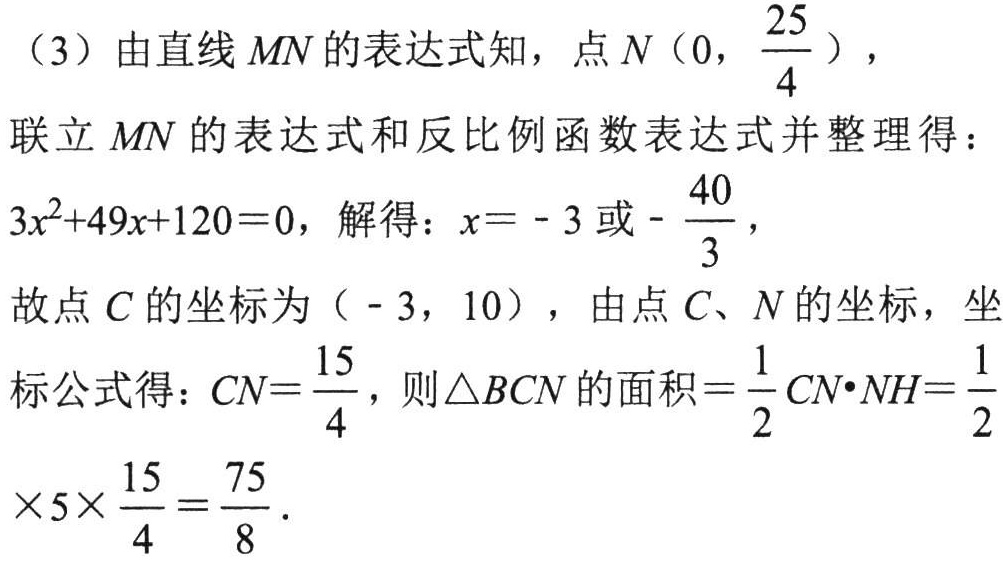
（3）由直线\(MN\)的表达式知，点\(N(0,\frac{25}{4})\)，
联立\(MN\)的表达式和反比例函数表达式并整理得：
\(3x^{2}+49x + 120 = 0\)，解得：\(x=-3\)或\(-\frac{40}{3}\)，
故点\(C\)的坐标为\((-3,10)\)，由点\(C\)、\(N\)的坐标，坐标公式得：\(CN = \frac{15}{4}\)，则\(\triangle BCN\)的面积\(=\frac{1}{2}CN\cdot NH=\frac{1}{2}\times5\times\frac{15}{4}=\frac{75}{8}\)．